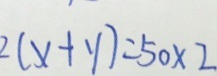
2 ( x + y ) = 5 0 \times 2